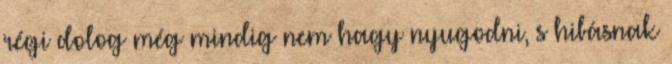
régi dolog még mindig nem hagy nyugodni, s hibásnak